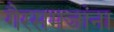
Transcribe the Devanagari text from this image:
गैरसमजांना